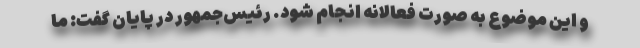
و این موضوع به صورت فعالانه انجام شود. رئیس‌جمهور در پایان گفت: ما